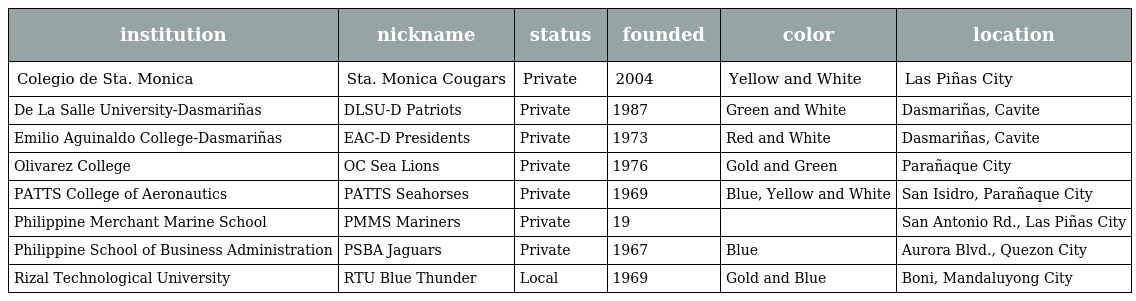
| institution | nickname | status | founded | color | location |
 | --- | --- | --- | --- | --- | --- |
 | Colegio de Sta. Monica | Sta. Monica Cougars | Private | 2004 | Yellow and White | Las Piñas City |
 | De La Salle University-Dasmariñas | DLSU-D Patriots | Private | 1987 | Green and White | Dasmariñas, Cavite |
 | Emilio Aguinaldo College-Dasmariñas | EAC-D Presidents | Private | 1973 | Red and White | Dasmariñas, Cavite |
 | Olivarez College | OC Sea Lions | Private | 1976 | Gold and Green | Parañaque City |
 | PATTS College of Aeronautics | PATTS Seahorses | Private | 1969 | Blue, Yellow and White | San Isidro, Parañaque City |
 | Philippine Merchant Marine School | PMMS Mariners | Private | 19 |  | San Antonio Rd., Las Piñas City |
 | Philippine School of Business Administration | PSBA Jaguars | Private | 1967 | Blue | Aurora Blvd., Quezon City |
 | Rizal Technological University | RTU Blue Thunder | Local | 1969 | Gold and Blue | Boni, Mandaluyong City |